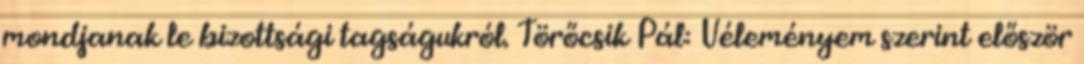
mondjanak le bizottsági tagságukról. Törőcsik Pál: Véleményem szerint először